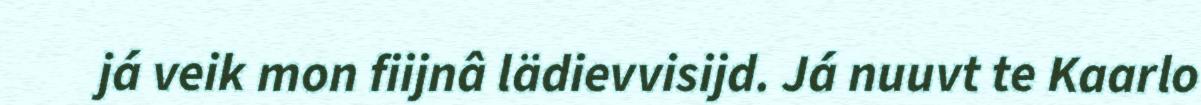
já veik mon fiijnâ lädievvisijd. Já nuuvt te Kaarlo